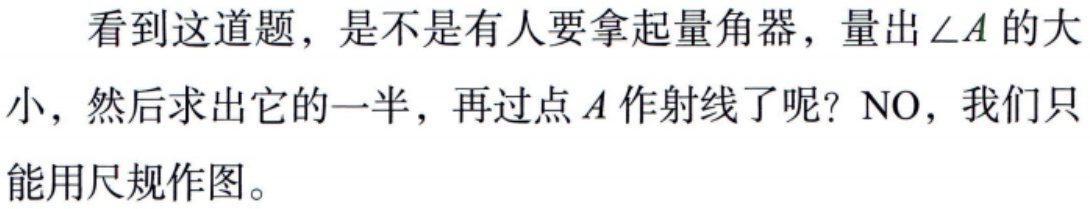
看到这道题，是不是有人要拿起量角器，量出$\angle A$的大小，然后求出它的一半，再过点$A$作射线了呢？NO，我们只能用尺规作图。